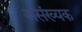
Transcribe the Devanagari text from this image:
असंख्यक